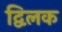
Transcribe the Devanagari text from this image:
द्विलक